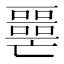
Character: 𡂧